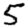
Digit: 5